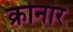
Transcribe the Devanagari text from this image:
क्रोनार